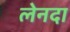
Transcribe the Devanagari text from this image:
लेनदा